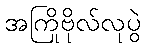
အကြိုဗိုလ်လုပွဲ